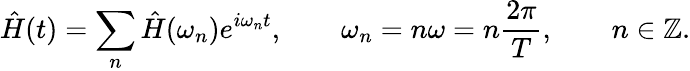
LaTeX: \hat{H}(t)=\sum_{n}\hat{H}(\omega_{n})e^{i\omega_{n}t},\qquad\omega_{n}=n\omega=n\frac{2\pi}{T},\qquad n\in\mathbb{Z}.